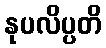
နုပလိပ္ပတိ